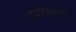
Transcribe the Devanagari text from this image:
पट्टीसमोर